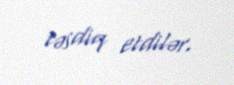
təsdiq etdilər.